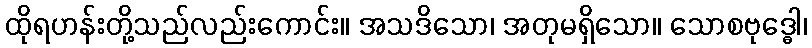
ထိုရဟန်းတို့သည်လည်းကောင်း။ အသဒိသော၊ အတုမရှိသော။ သောစဗုဒ္ဓေါ၊